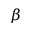
\beta